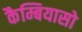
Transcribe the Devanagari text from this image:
कैम्बियासो